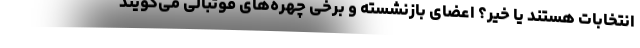
انتخابات هستند یا خیر؟ اعضای بازنشسته و برخی چهره‌های فوتبالی می‌گویند